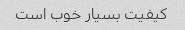
کیفیت بسیار خوب است